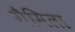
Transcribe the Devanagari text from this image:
गैमिला